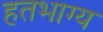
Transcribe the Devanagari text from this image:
हतभाग्य